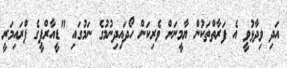
އަދި ވިދާޅުވީ އެ ފަރާތްތަކުން ޔާމީނަށް ވެރިކަން ހޯދައިދިނުމުގެ ނަމުގައި "ޑީއާރްޕީގެ ޕްރައިމަރީ